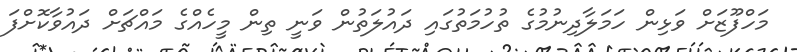
މަހްފޫޒަށް ވަޅިން ހަމަލާދިނުމުގެ ތުހުމަތުގައި ދައުލަތުން ވަނީ ތިން މީހެއްގެ މައްޗަށް ދައުވާކޮށްފަ